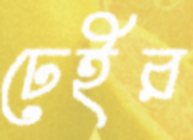
ঢেইর